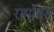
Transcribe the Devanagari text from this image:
रामविसं